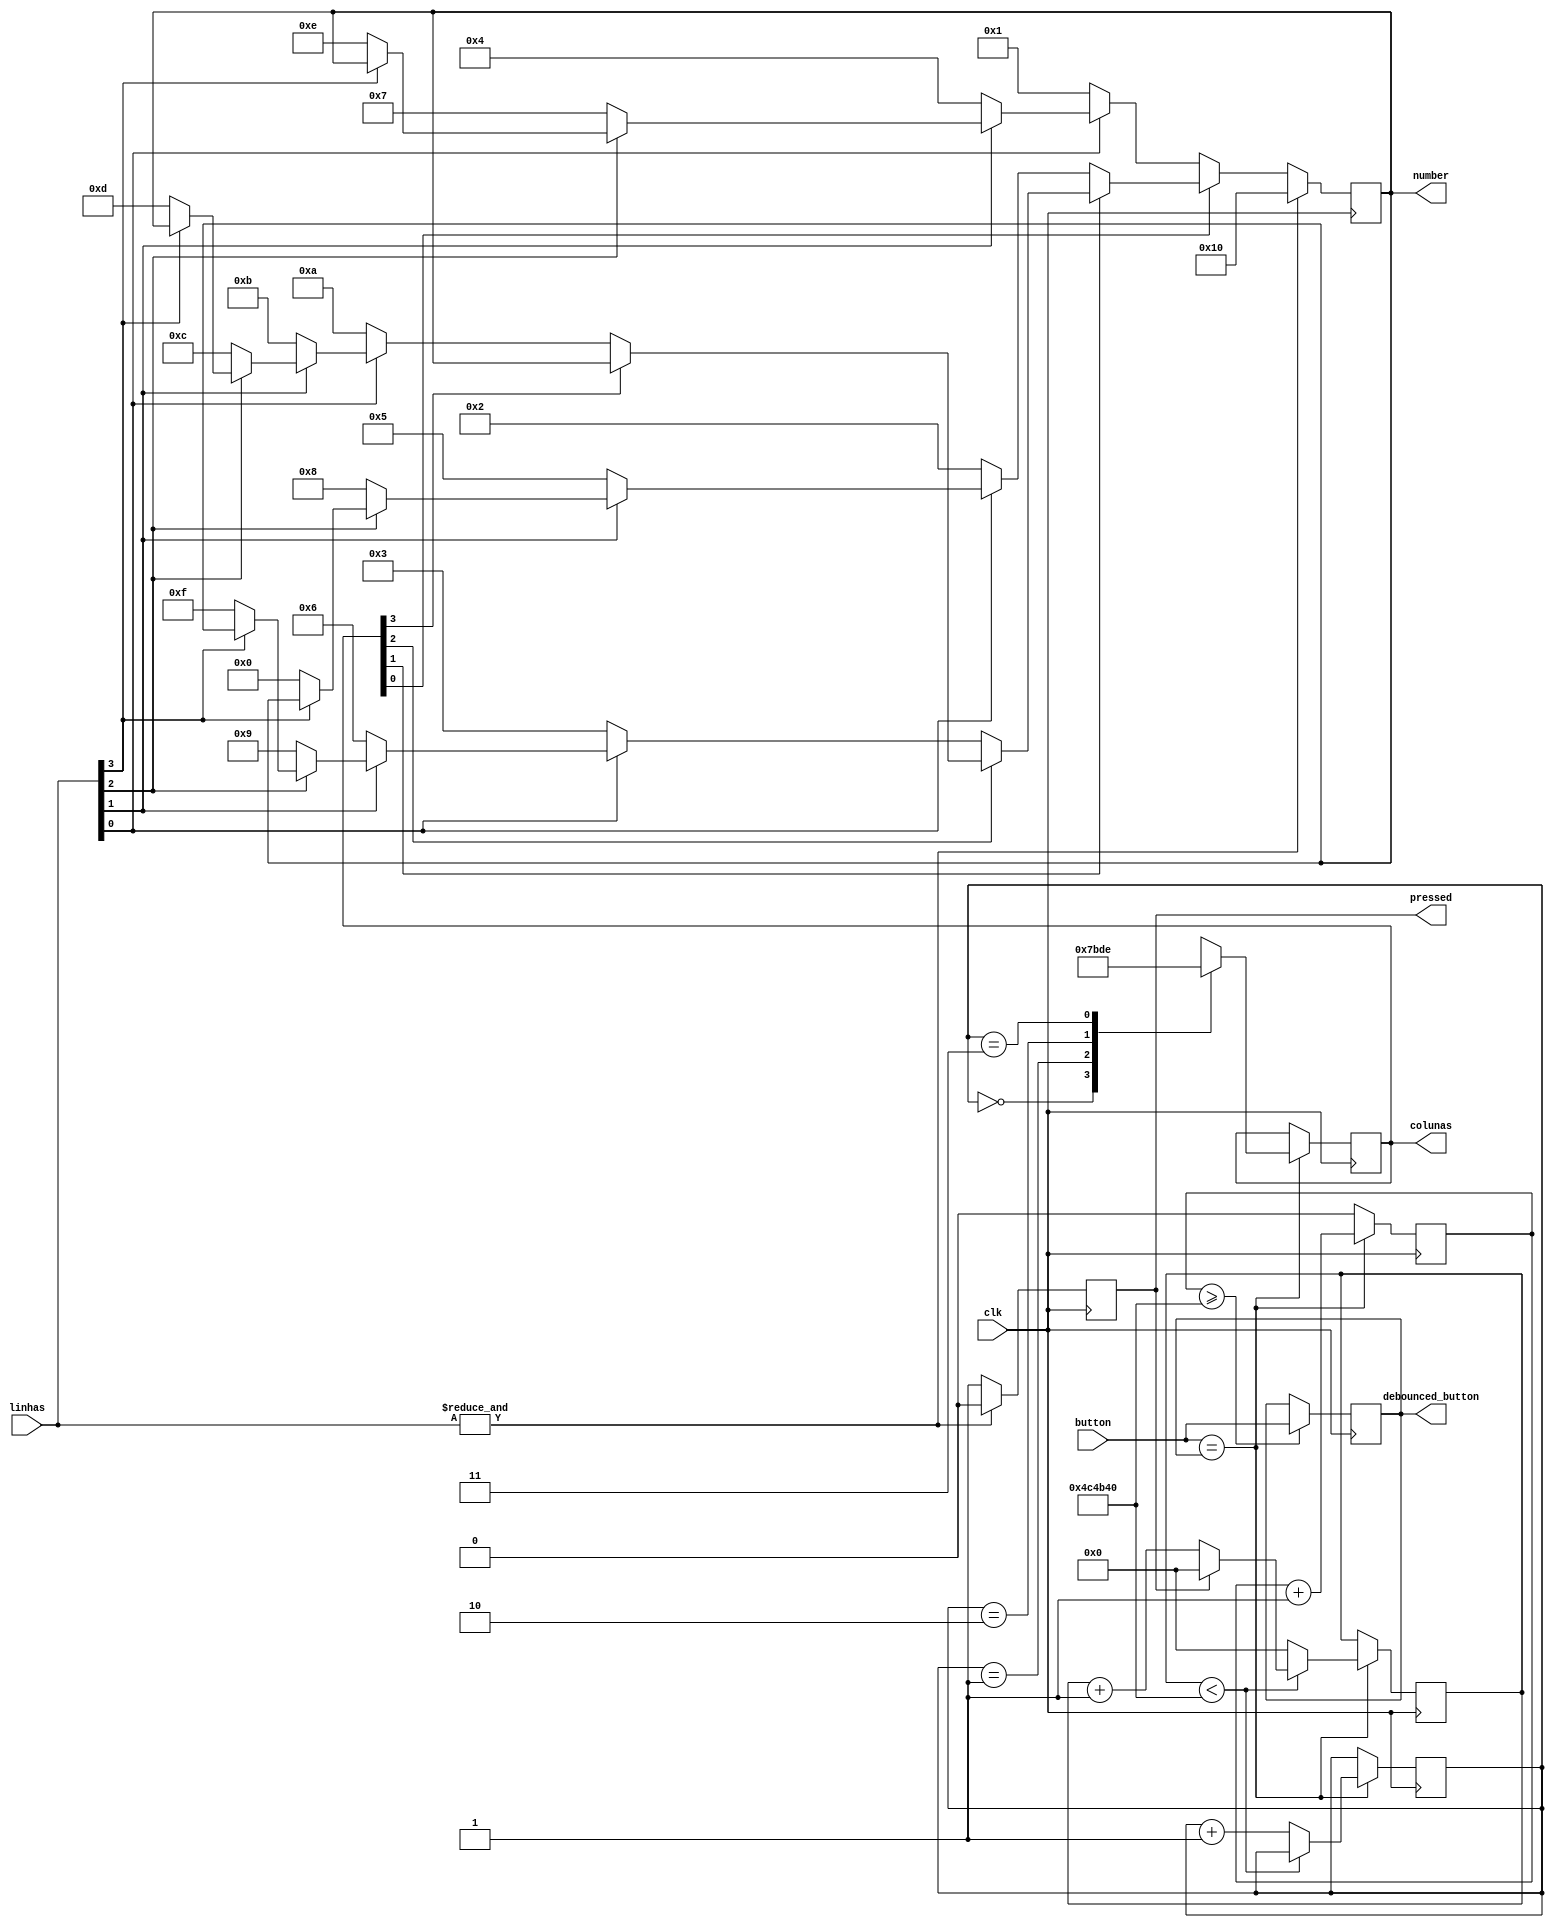
module keypad(
	input clk,
	output reg [3:0] colunas,
	input [3:0] linhas,
	output reg [4:0] number,
	output reg pressed,	
	input wire button, //para debounce
   output reg debounced_button //para debounce
);

//--------------- KEYPAD- VERIFICA COLUNAS --------------------

reg [31:0] counter = 0;
parameter cycle = 5000000;
reg [1:0] state = 0;

always @(posedge clk) begin
	if (button == debounced_button) begin
        count <= count + 1;  // Se o botão está no mesmo estado que a última contagem, continue a contagem
   
			if(counter < cycle) begin
				if(~pressed) counter <= counter + 1;
				else	counter <= 0;
			end
			else begin 
				counter <= 0;
				state <= state + 1;
			end
			
			case(state)
				0: colunas <= 4'b0111;
				1: colunas <= 4'b1011;
				2: colunas <= 4'b1101;
				3: colunas <= 4'b1110;	
			endcase
	 end
	 else begin
        // Se o botão mudou de estado, zere a contagem
        count <= 0;
    end
	  // Se a contagem atingir um valor máximo, atualize o valor debounced_button
    if (count >= 5000000) begin
        debounced_button <= button;
    end
end
//--------------- KEYPAD- VERIFICA LINHAS --------------------
always @ (posedge clk) begin
	
	if(~&linhas) begin
		pressed <= 1;
		
		if (~colunas[0]) begin
				  if (~linhas[0]) number <= 4'd1;
			else if (~linhas[1]) number <= 4'd4;
			else if (~linhas[2]) number <= 4'd7;
			else if (~linhas[3]) number <= 4'd14;
		end else
		if (~colunas[1]) begin
				  if (~linhas[0]) number <= 4'd2;
			else if (~linhas[1]) number <= 4'd5;
			else if (~linhas[2]) number <= 4'd8;
			else if (~linhas[3]) number <= 4'd0;
		end else
		if (~colunas[2]) begin
				  if (~linhas[0]) number <= 4'd3;
			else if (~linhas[1]) number <= 4'd6;
			else if (~linhas[2]) number <= 4'd9;
			else if (~linhas[3]) number <= 4'd15;
		end else
		if (~colunas[3]) begin
				  if (~linhas[0]) number <= 4'd10;
			else if (~linhas[1]) number <= 4'd11;
			else if (~linhas[2]) number <= 4'd12;
			else if (~linhas[3]) number <= 4'd13;
		end
	end
	else begin 
		pressed <= 0;
		number <= 5'd16;
	end
end
endmodule